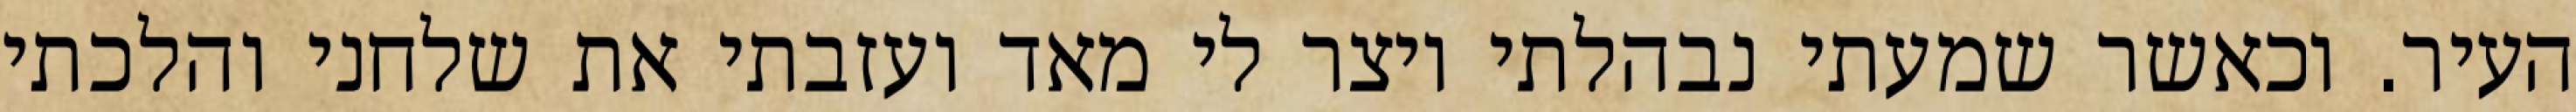
העיר. וכאשר שמעתי נבהלתי ויצר לי מאד ועזבתי את שלחני והלכתי